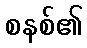
စနစ်၏